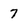
Character: 7